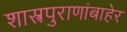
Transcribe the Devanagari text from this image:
शास्त्रपुराणांबाहेर